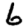
Digit: 6